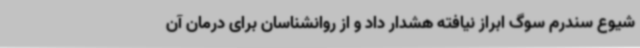
شیوع سندرم سوگ ابراز نیافته هشدار داد و از روانشناسان برای درمان آن